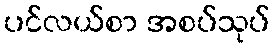
ပင်လယ်စာ အစပ်သုပ်